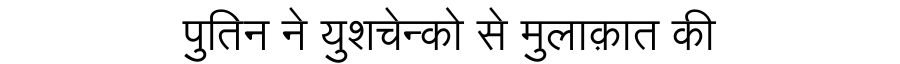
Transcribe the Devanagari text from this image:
पुतिन ने युशचेन्को से मुलाक़ात की